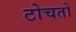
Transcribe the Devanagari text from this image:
टोचतो